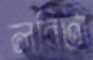
লরিটা